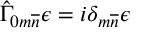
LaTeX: \hat { \Gamma } _ { 0 m \overline { { { n } } } } \epsilon = i \delta _ { m \overline { { { n } } } } \epsilon